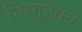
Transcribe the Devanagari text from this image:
निरगुडकर